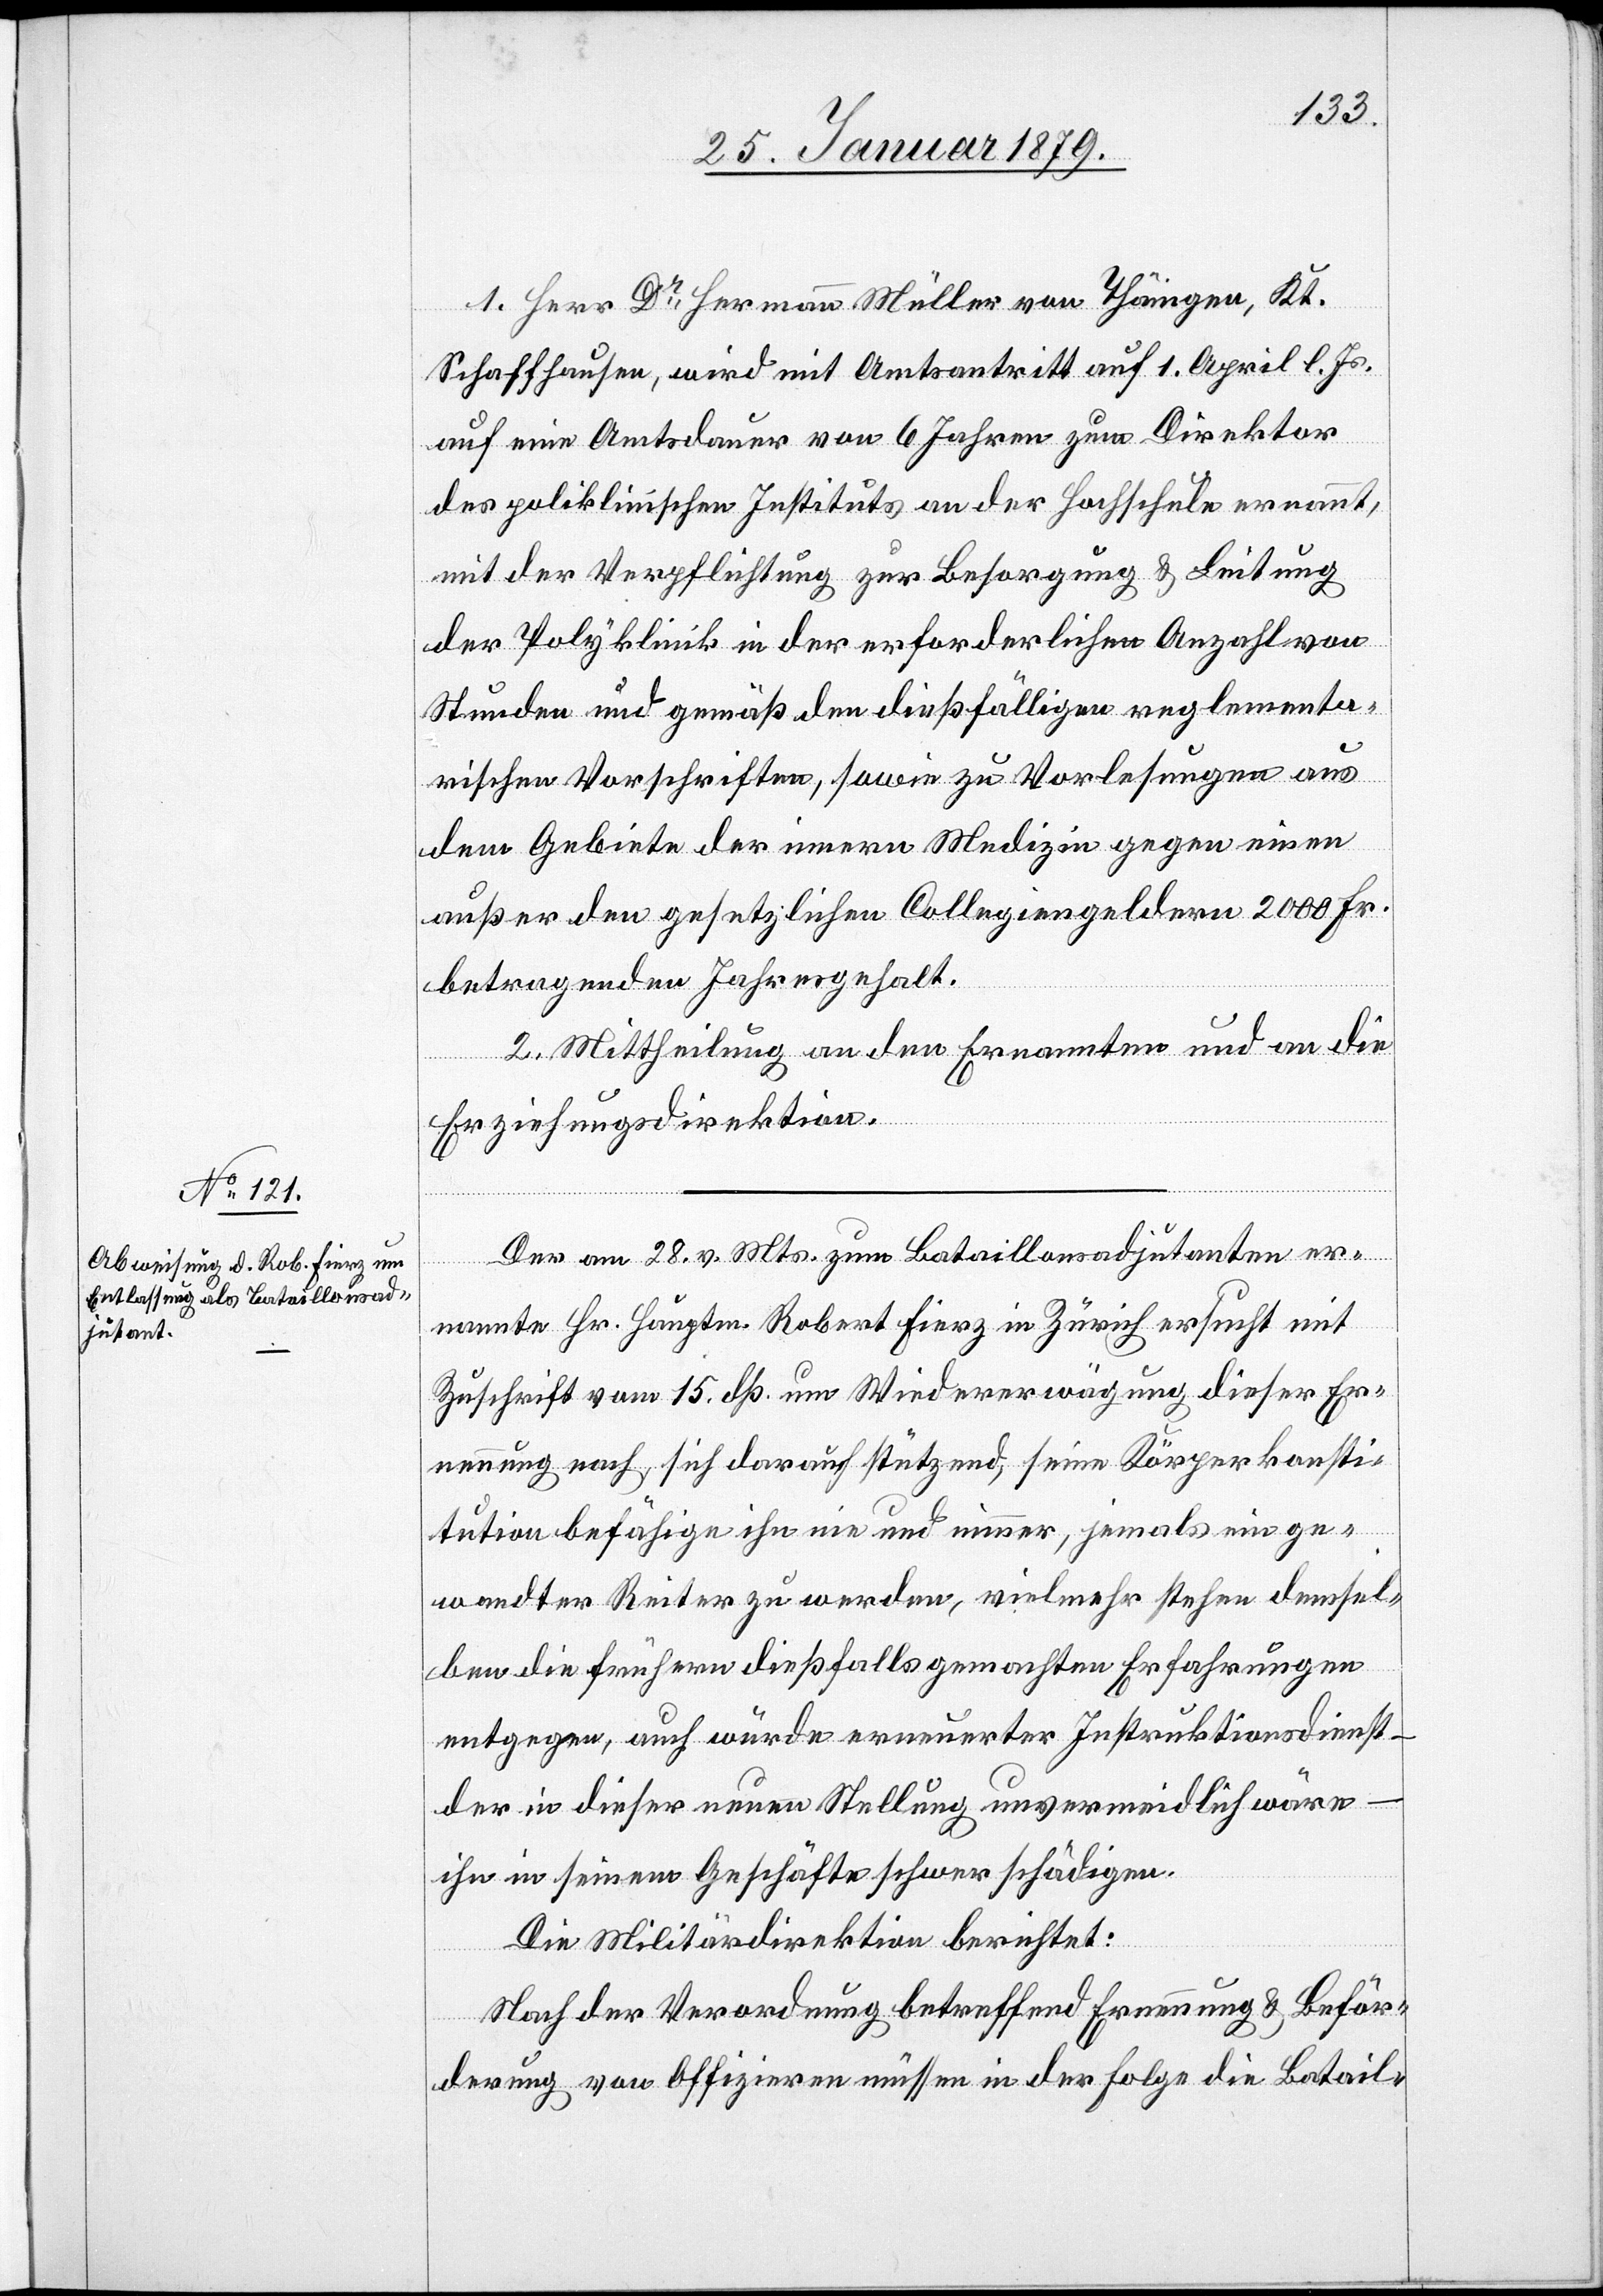
1. Herr Dr Hermann Müller von Thäingen, Kt.
Schaffhausen, wird mit Amtsantritt auf 1. April l. Js.
auf eine Amtsdauer von 6 Jahren zum Direktor
des poliklinischen Instituts an der Hochschule ernannt,
mit der Verpflichtung zur Besorgung & Leitung
der Polyklinik in der erforderlichen Anzahl von
Stunden und gemäß den dießfälligen reglementa¬
rischen Vorschriften, sowie zu Vorlesungen aus
dem Gebiete der innern Medizin gegen einen
außer den gesetzlichen Collegiengeldern 2000 Fr.
betragenden Jahresgehalt.
2. Mittheilung an den Ernannten und an die
Erziehungsdirektion.
Der am 28. v. Mts. zum Bataillonsadjutanten er¬
nannte Hr. Hauptm. Robert Fierz in Zürich ersucht mit
Zuschrift vom 15. dß. um Wiedererwägung dieser Er¬
nennung nach, sich darauf stützend, seine Körperkonsti¬
tution befähige ihn nie und nimmer, jemals ein ge¬
wandter Reiter zu werden, vielmehr stehen demsel¬
ben die frühern dießfalls gemachten Erfahrungen
entgegen, auch würde erneuerter Instruktionsdienst
der in dieser neuen Stellung unvermeidlich wäre
ihn in seinem Geschäfte schwer schädigen.
Die Militärdirektion berichtet:
Nach der Verordnung betreffend Ernennung & Beför¬
derung von Offizieren müssen in der Folge die Batail-